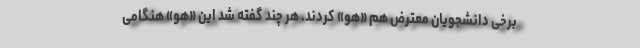
برخی دانشجویان معترض هم «هو» کردند. هر چند گفته شد این «هو» هنگامی